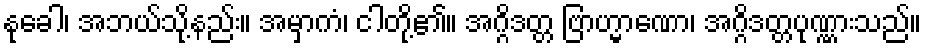
နုခေါ၊ အဘယ်သို့နည်း။ အမှာကံ၊ ငါတို့၏။ အဂ္ဂိဒတ္တ ဗြာဟ္မာဏော၊ အဂ္ဂိဒတ္တပုဏ္ဏားသည်။